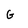
Character: G